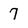
Character: 7